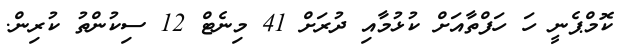
ކޮމްޕެނީ ހަ ހަފްތާއަށް ކުޅުމާއި ދުރަށް 41 މިނެޓް 12 ސިކުންތު ކުރިން.